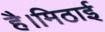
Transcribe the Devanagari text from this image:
है।मिठाई